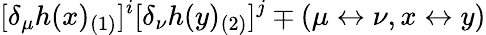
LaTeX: [\delta_{\mu}h(x)_{(1)}]^{i}[\delta_{\nu}h(y)_{(2)}]^{j}\mp(\mu\leftrightarrow\nu,x\leftrightarrow y)